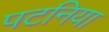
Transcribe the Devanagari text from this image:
पटनिया